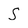
Character: S